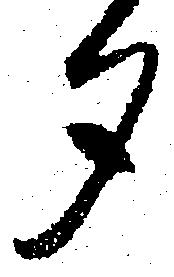
夕